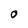
Character: O